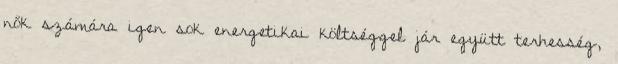
nők számára igen sok energetikai költséggel jár együtt terhesség,